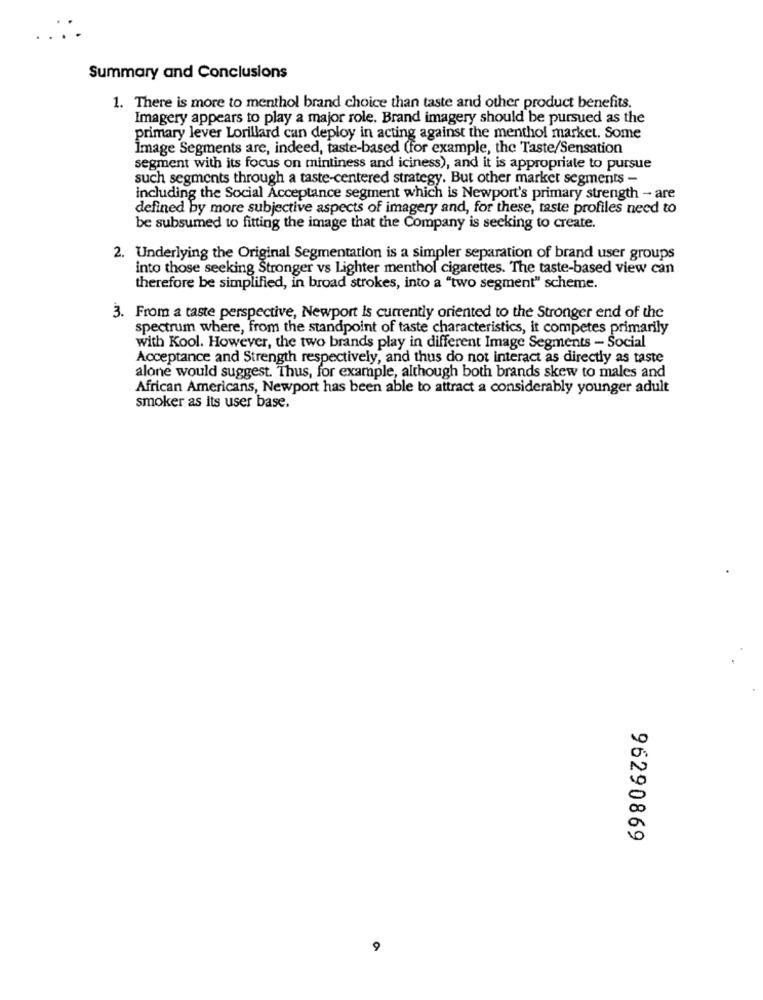
Summary and Conclusions
1. There is more to menthol brand choice than taste and other product benefits.
Imagery appears to play a major role. Brand imagery should be pursued as the
primary lever Lorillard can deploy in acting against the menthol market. Some
Image Segments are, indeed, taste-based (for example, the Taste/Sensation
segment with its focus on mintiness and iciness), and it is appropriate to pursue
such segments through a taste-centered strategy. But other market segments -
including the Social Acceptance segment which is Newport's primary strength - are
defined by more subjective aspects of imagery and, for these, taste profiles need to
be subsumed to fitting the image that the Company is seeking to create.
2. Underlying the Original Segmentation is a simpler separation of brand user groups
into those seeking Stronger vs Lighter menthol cigarettes. The taste-based view can
therefore be simplified, in broad strokes, into a "two segment" scheme.
3. From a taste perspective, Newport Is currently oriented to the Stronger end of the
spectrum where, from the standpoint of taste characteristics, it competes primarily
with Kool. However, the two brands play in different Image Segments - Social
Acceptance and Strength respectively, and thus do not interact as directly as taste
alone would suggest. Thus, for example, although both brands skew to males and
African Americans, Newport has been able to attract a considerably younger adult
smoker as its user base.
96290869